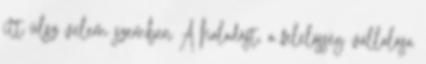
itt ülsz velem szemben A haladást, a felelősség vállalása